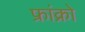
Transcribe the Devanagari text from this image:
फ्रांक्रो